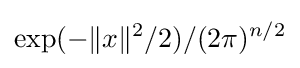
{\exp(-\|x\|^{2}/2)}/(2\pi )^{n/2}